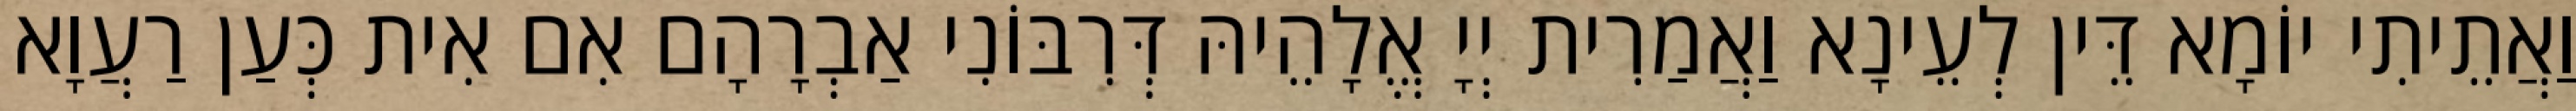
וַאֲתֵיתִי יוֹמָא דֵּין לְעֵינָא וַאֲמַרִית יְיָ אֱלָהֵיהּ דְּרִבּוֹנִי אַבְרָהָם אִם אִית כְּעַן רַעֲוָא